Lunatic asylums Bombay report 1878-1890 - 1878-1890
Year: 1878
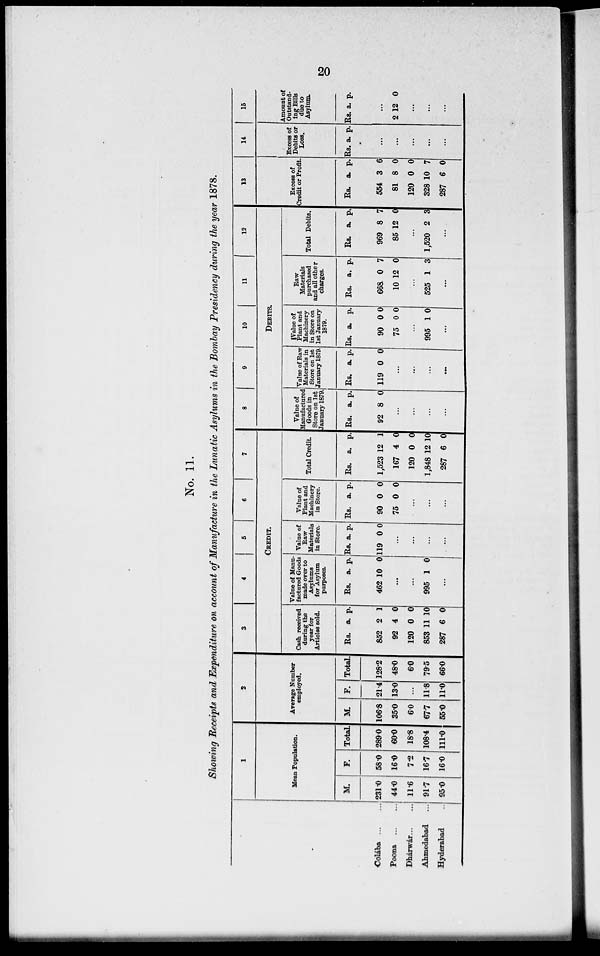
20
No. 11.
Showing Receipts and Expenditure on account of Manufacture in the Lunatic Asylums in the Bombay Presidency during the year 1878.
Colába
...
...
Poona
...
...
Dhárwár...
...
Ahmedabad ...
Hyderabad ...
1
Mean Population.
M.
231.0
44.0
11.6
91.7
95.0
F.
58.0
16.0
7.2
16.7
16.0
Total.
289.0
60.0
18.8
108.4
111.0
2
Average Number
employed.
M.
106.8
35.0
6.0
67.7
55.0
F.
21.4
13.0
...
11.8
11.0
Total.
128.2
48.0
6.0
79.5
66.0
3
4
5
6
7
CREDIT.
Cash received
during the
year for
Articles sold.
Rs.
852
92
120
853
287
a.
2
4
0
11
6
p.
1
0
0
10
0
Value of Manu-
factured Goods
made over to
Asylums
for Asylum
purposes.
Rs.
462
a.
10
p.
0
...
...
995 1 0
...
Value of
Raw
Materials
in Store.
Rs.
119
a.
0
p.
0
...
...
...
...
Value of
Plant and
Machinery
in Store.
Rs.
90
75
a.
0
0
p.
0
0
...
...
...
Total Credit.
Rs.
1,523
167
120
1,848
287
a.
12
4
0
12
6
p.
1
0
0
10
0
8
9
10
11
12
Debits.
Value of
Manufactured
Goods in
Store on 1st
January 1879.
Rs.
92
a.
8
p.
0
...
...
...
...
Value of Raw
Materials in
Store on 1st
January 1879.
Rs.
119
a.
0
p.
0
...
...
...
...
Value of
Plant and
Machinery
in Store on
1st January
1879.
Rs.
90
75
a.
0
0
p..
0
0
...
995 1 0
...
Raw
Materials
purchased
and all other
charges.
Rs.
668
10
a.
0
12
p.
7
0
...
525 1 3
...
Total Debits.
Rs.
969
85
a.
8
12
p.
7
0
...
1,520 2 3
...
13
Excess of
Credit or Profit.
Rs.
554
81
120
328
287
a.
3
8
0
10
6
p.
6
0
0
7
0
14
Excess of
Debits or
Loss.
Rs. a.
p.
...
...
...
...
...
15
Amount of
Outstand-
ing Bills
due to
Asylum.
Rs. a.
p.
...
2 12 0
...
...
...